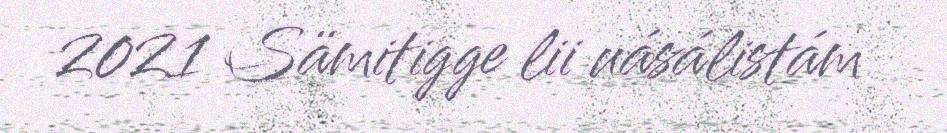
2021 Sämitigge lii uásálistám